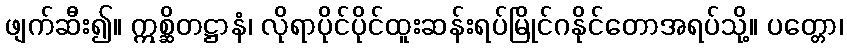
ဖျက်ဆီး၍။ ဣစ္ဆိတဋ္ဌာနံ၊ လိုရာပိုင်ပိုင်ထူးဆန်းရပ်မြိုင်ဂနိုင်တောအရပ်သို့။ ပတ္တော၊